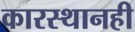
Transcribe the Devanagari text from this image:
कारस्थानही